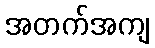
အတက်အကျ